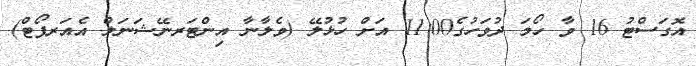
އޮގަސްޓު 16 ވާ ހޯމަ ދުވަހުގެ11:00 އަށް ހުޅުލޭ (ވެލާނާ އިންޓަރނޭޝަނަލް އެއަރޕޯޓް)